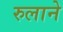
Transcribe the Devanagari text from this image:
रुलाने